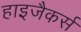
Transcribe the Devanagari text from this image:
हाइजैकर्स